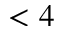
< 4